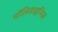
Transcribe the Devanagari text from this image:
पॉलिवाइनिल